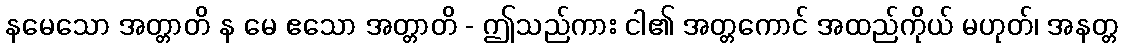
နမေသော အတ္တာတိ န မေ ဧသော အတ္တာတိ - ဤသည်ကား ငါ၏ အတ္တကောင် အထည်ကိုယ် မဟုတ်၊ အနတ္တ